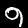
Label: 9